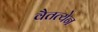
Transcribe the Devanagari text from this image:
वैतत्येन